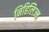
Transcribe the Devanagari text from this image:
निहिलिज्म